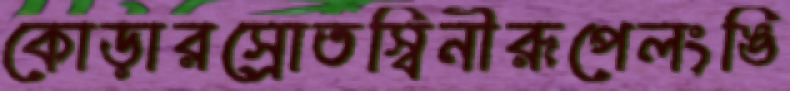
কোড়ারস্রোতস্বিনীরূপেলংঙি